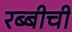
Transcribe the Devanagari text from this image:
रब्बीची